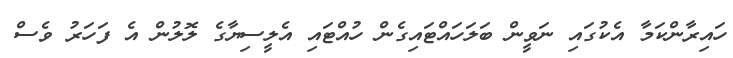
ހައިރާންކަމާ އެކުގައި ނަވީން ބަލަހައްޓައިގެން ހުއްޓައި އެލީސިޔާގެ ލޮލުން އެ ފަހަރު ވެސް